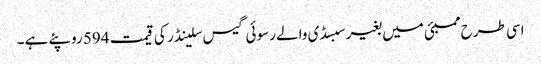
اسی طرح ممبئی میں بغیر سبسڈی والے رسوئی گیس سلینڈر کی قیمت 594 روپئے ہے۔